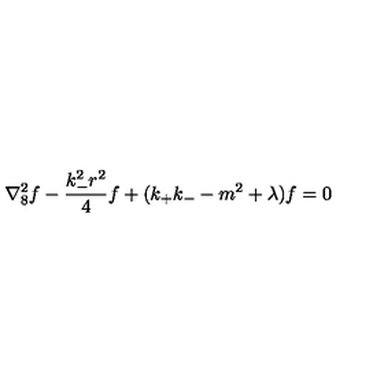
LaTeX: \nabla _ { 8 } ^ { 2 } f - \frac { k _ { - } ^ { 2 } r ^ { 2 } } { 4 } f + ( k _ { + } k _ { - } - m ^ { 2 } + \lambda ) f = 0